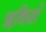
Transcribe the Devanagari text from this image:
ॠथियों